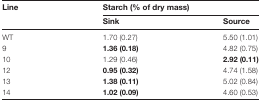
<table><thead><tr><td rowspan="2"><b>Line</b></td><td colspan="2"><b>Starch (% of dry mass)</b></td></tr><tr><td><b>Sink</b></td><td><b>Source</b></td></tr></thead><tbody><tr><td>WT</td><td>1.70 (0.27)</td><td>5.50 (1.01)</td></tr><tr><td>9</td><td><b>1.36 (0.18</b>)</td><td>4.82 (0.75)</td></tr><tr><td>10</td><td>1.29 (0.46)</td><td><b>2.92 (0.11</b>)</td></tr><tr><td>12</td><td><b>0.95 (0.32</b>)</td><td>4.74 (1.58)</td></tr><tr><td>13</td><td><b>1.38 (0.11</b>)</td><td>5.02 (0.84)</td></tr><tr><td>14</td><td><b>1.02 (0.09</b>)</td><td>4.60 (0.53)</td></tr></tbody></table>